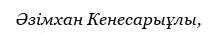
Әзімхан Кенесарыұлы,